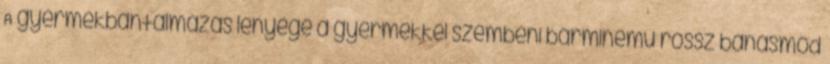
A gyermekbántalmazás lényege a gyermekkel szembeni bárminemű rossz bánásmód